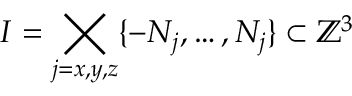
I = \bigtimes _ { j = x , y , z } \{ - N _ { j } , \dots , N _ { j } \} \subset { \mathbb { Z } } ^ { 3 }